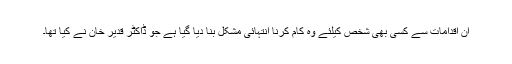
ان اقدامات سے کسی بھی شخص کیلئے وہ کام کرنا انتہائی مشکل بنا دیا گیا ہے جو ڈاکٹر قدیر خان نے کیا تھا۔